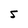
Character: 5